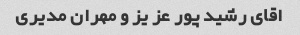
اقای رشید پور عز یز و مهران مدیری